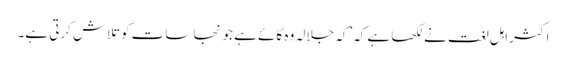
اکثر اہل لغت نے لکھا ہے کہ’کہ جلالہ وہ گائے ہے جو نجاسات کو تلاش کرتی ہے۔